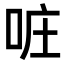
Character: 𠲕